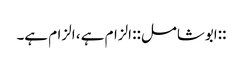
::ابوشامل:: الزام ہے ، الزام ہے۔